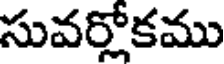
సువర్లోకము